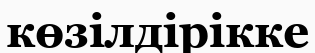
көзілдірікке